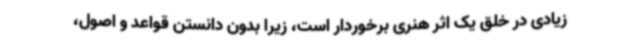
زیادی در خلق یک اثر هنری برخوردار است، زیرا بدون دانستن قواعد و اصول،